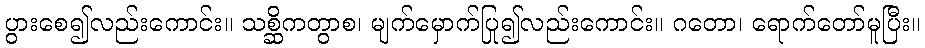
ပွားစေ၍လည်းကောင်း။ သစ္ဆိကတွာစ၊ မျက်မှောက်ပြု၍လည်းကောင်း။ ဂတော၊ ရောက်တော်မူပြီး။